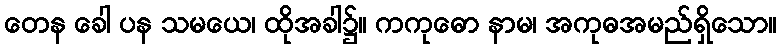
တေန ခေါ ပန သမယေ၊ ထိုအခါ၌။ ကကုဓော နာမ၊ အကုဓအမည်ရှိသော။